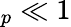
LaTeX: _p\ll 1